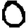
Digit: 0